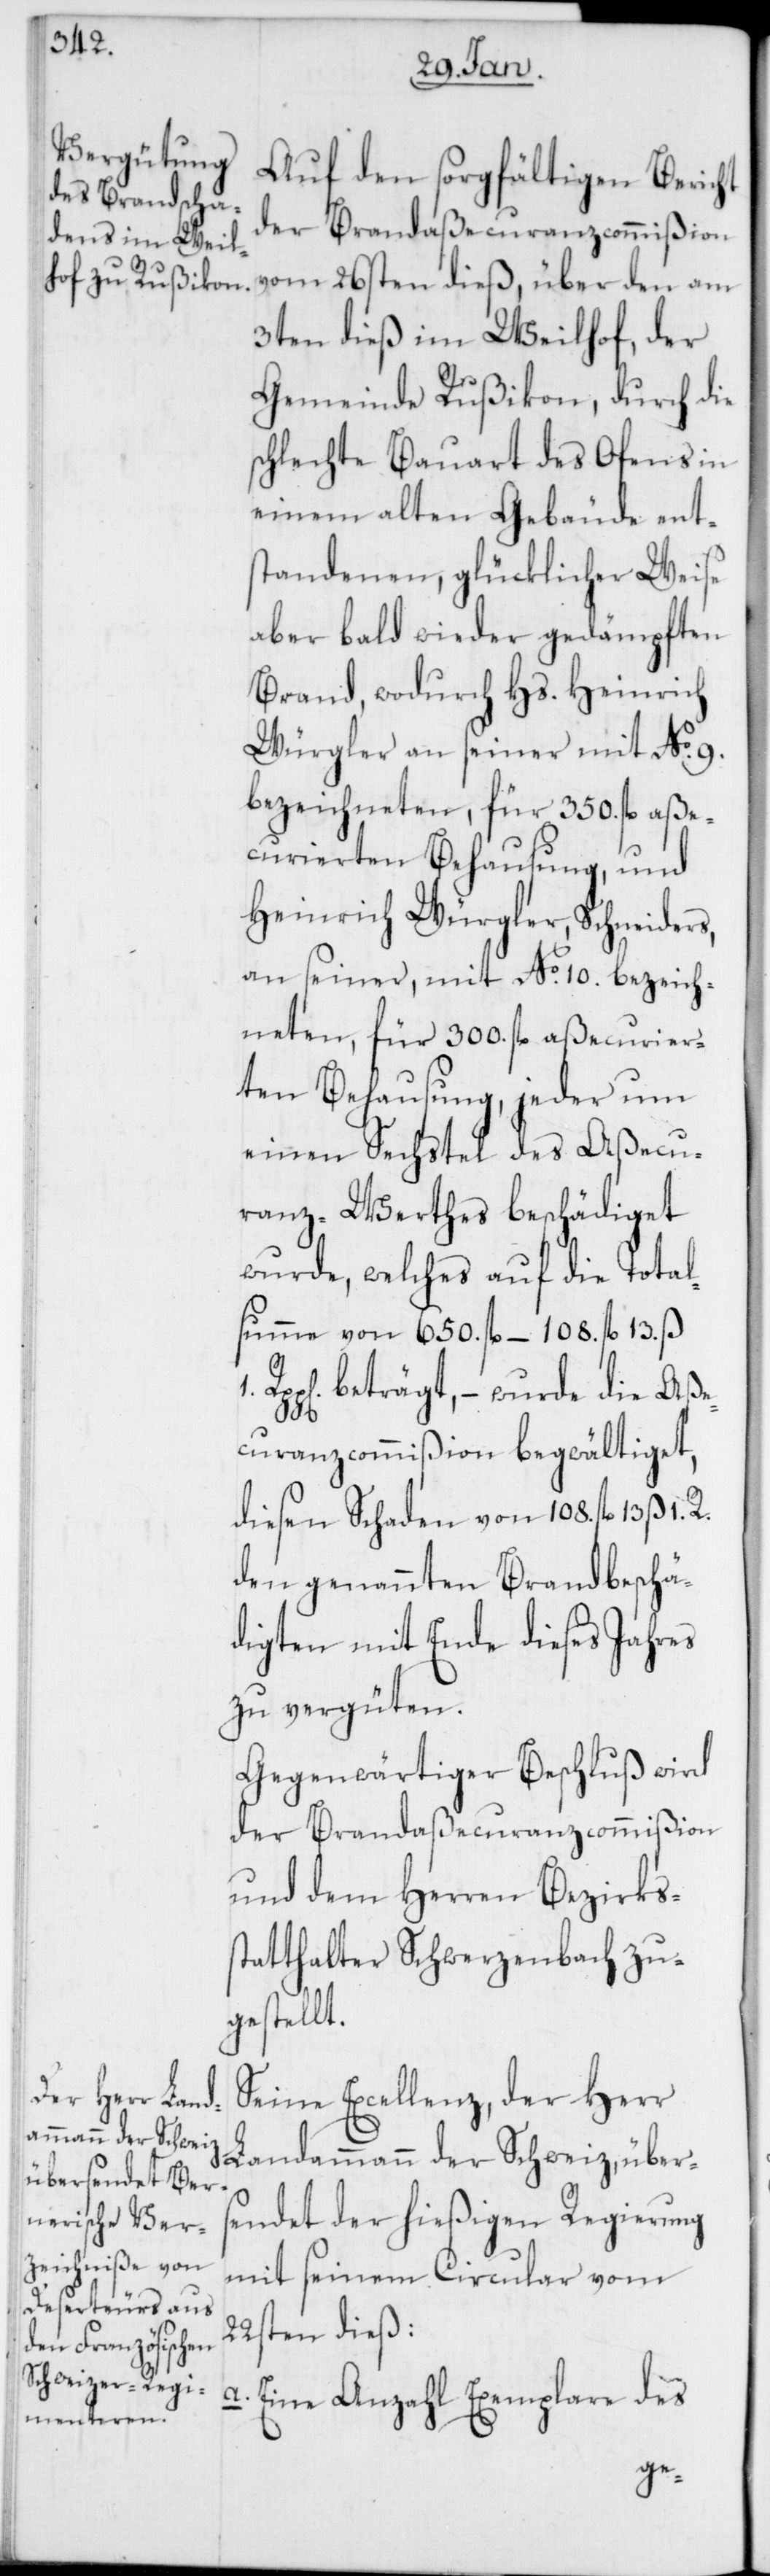
Auf den sorgfältigen Bericht
der Brandaßecuranzcommißion
vom 26sten dieß, über den am
3ten dieß im Weilhof, der
Gemeinde Rußikon, durch die
schlechte Bauart des Ofens in
einem alten Gebäude ents¬
tandenen, glücklicher Weise
aber bald wieder gedämpften
Brand, wodurch Hs. Heinrich
Würgler an seiner mit No. 9.
bezeichneten, für 350. fl. aße¬
curierten Behausung, und
Heinrich Würgler, Schneiders,
an seiner, mit No. 10. bezeich¬
neten, für 300. fl. aßecurier¬
ten Behausung, jeder um
einen Sechstel des Aßecu¬
ranz-Werthes beschädiget
wurde, welches auf die Total¬
summe von 650. fl., – 108. fl. 13. ß
beträgt, – wurde die Aße¬
curanzcommißion begwältiget,
diesen Schaden von 108. fl. 13 ß 1.
den genannten Brandbeschä¬
digten mit Ende dieses Jahres
zu vergüten.
Gegenwärtiger Beschluß wird
der Brandaßecuranzcommißion
und dem Herren Bezirkss¬
tatthalter Schwerzenbach zu¬
gestellt.
Seine Excellenz, der Herr
Landammann der Schweiz, übers¬
endet der hießigen Regierung
mit seinem Circular vom
22sten dieß:
a. Eine Anzahl Exemplare des